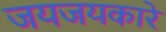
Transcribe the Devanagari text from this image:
जयजयकारे